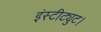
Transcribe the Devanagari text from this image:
इंस्टीट्युट।